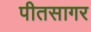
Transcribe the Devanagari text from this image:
पीतसागर